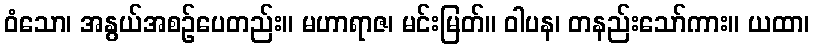
ဝံသော၊ အနွယ်အစဉ်ပေတည်း။ မဟာရာဇ၊ မင်းမြတ်။ ဝါပန၊ တနည်းသော်ကား။ ယထာ၊